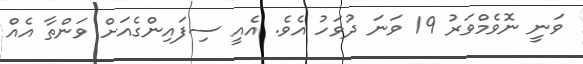
ވަނީ ނޮވެމްވަރު 19 ވަނަ ދުވަހު އެވެ. އެއީ ސިފައިންގެއަށް ވަންތާ އެއް